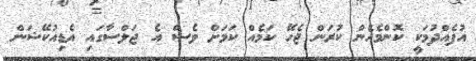
އުފެއްދުމަކީ ކޮންމެހެން ކުރަން ޖެހޭ ކަމެއް ކަމަށް ވެސް އެ ޖަލްސާގައި އެޑިއުކޭޝަން